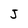
Character: J